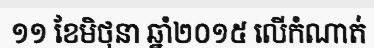
១១ ខែមិថុនា ឆ្នាំ២០១៥ លើកំណាត់